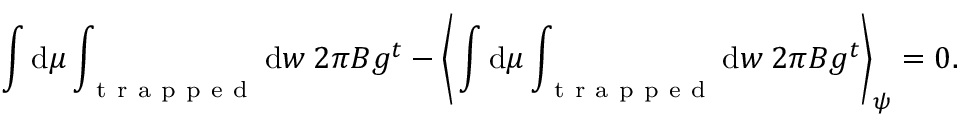
\int \mathrm { d } \mu \int _ { \mathrm { ~ t ~ r ~ a ~ p ~ p ~ e ~ d ~ } } \mathrm { d } w \: 2 \pi B g ^ { t } - \Bigg \langle \int \mathrm { d } \mu \int _ { \mathrm { ~ t ~ r ~ a ~ p ~ p ~ e ~ d ~ } } \mathrm { d } w \: 2 \pi B g ^ { t } \Bigg \rangle _ { \psi } = 0 .